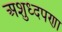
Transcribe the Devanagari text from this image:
अशुध्दपणा